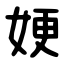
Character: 㛐